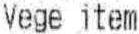
VEGE ITEM